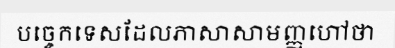
បច្ចេកទេសដែលភាសាសាមញ្ញហៅថា